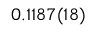
0 . 1 1 8 7 ( 1 8 )